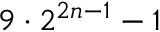
9 \cdot 2 ^ { 2 n - 1 } - 1